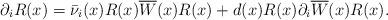
LaTeX: \begin{align*} \partial_iR(x) = \bar{\nu}_i(x)R(x)\overline{W}(x)R(x)+d(x)R(x)\partial_i\overline{W}(x)R(x). \end{align*}